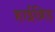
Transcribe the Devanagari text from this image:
हाईब्रिड़